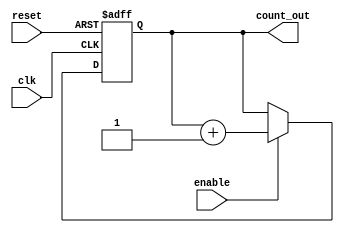
module memory_blocks_up_counter #(
    parameter N = 8  // Parameter to define the size of the counter
)(
    input wire clk,          // Clock signal
    input wire reset,        // Asynchronous reset signal
    input wire enable,       // Enable signal
    output reg [N-1:0] count_out // Current count value
);

    // Memory block to store the current count value
    reg [N-1:0] memory_block;

    // Always block for synchronous counting
    always @(posedge clk or posedge reset) begin
        if (reset) begin
            // Asynchronous reset to zero
            memory_block <= 0;
        end else if (enable) begin
            // Increment the counter if enabled
            memory_block <= memory_block + 1;
        end
    end

    // Assign the current count value to the output
    always @(*) begin
        count_out = memory_block;
    end

endmodule